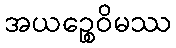
အယဉ္စေဝိမဿ